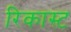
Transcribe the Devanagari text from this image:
रिकास्ट